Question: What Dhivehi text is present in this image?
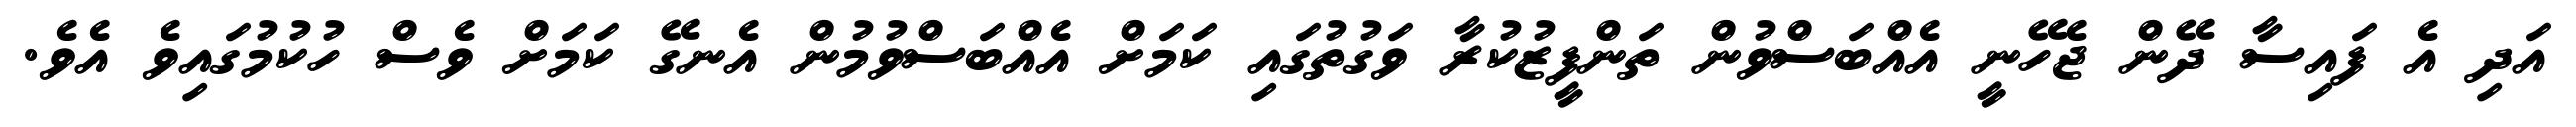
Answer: އަދި އެ ފައިސާ ދޭން ޖެހޭނީ އެއްބަސްވުން ތަންފީޒުކުރާ ވަގުތުގައި ކަމަށް އެއްބަސްވުމުން އެނގޭ ކަމަށް ވެސް ހުކުމުގައިވެ އެވެ.